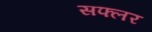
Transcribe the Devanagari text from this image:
सफ्लर